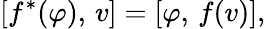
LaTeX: [f^{*}(\varphi),\, v]=[\varphi,\, f(v)],